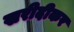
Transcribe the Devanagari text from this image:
खरीदीकर